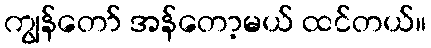
ကျွန်တော် အန်တော့မယ် ထင်တယ်။